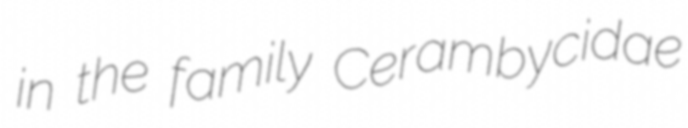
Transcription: in the family Cerambycidae